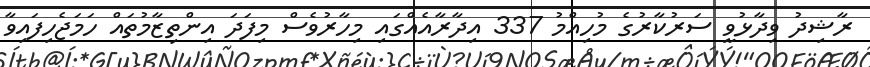
ރާޝިދު ވިދާޅުވީ ސަރުކާރުގެ މުހިއްމު 337 އިދާރާއެއްގައި މިހާރުވެސް މިފަދަ އިންތިޒާމުތައް ހަމަޖެހިފައިވާ